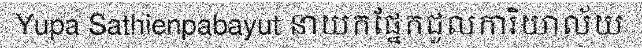
Yupa Sathienpabayut នាយកផ្នែកជួលការិយាល័យ